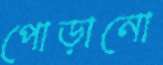
পোড়ানো